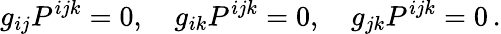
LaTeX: g_{ij}P^{ijk}=0,\quad g_{ik}P^{ijk}=0,\quad g_{jk}P^{ijk}=0\, .